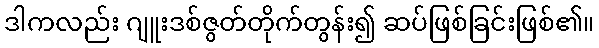
ဒါကလည်း ဂျူးဒစ်ဇွတ်တိုက်တွန်း၍ ဆပ်ဖြစ်ခြင်းဖြစ်၏။